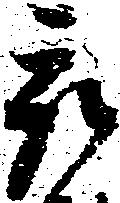
被